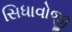
સિધાવોજી